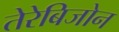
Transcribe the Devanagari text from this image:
तेरेबिजोन